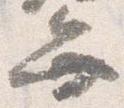
弁